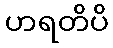
ဟရတိပိ